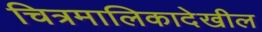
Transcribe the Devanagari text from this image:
चित्रमालिकादेखील